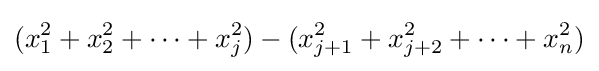
(x_{1}^{2}+x_{2}^{2}+\cdots +x_{j}^{2})-(x_{j+1}^{2}+x_{j+2}^{2}+\cdots +x_{n}^{2})